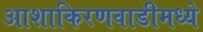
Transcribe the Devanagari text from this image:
आशाकिरणवाडीमध्ये